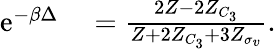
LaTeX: \begin{array}{rl}{\mathrm{e}^{-\beta\Delta}}&{{}=\frac{2Z-2Z_{C_{3}}}{Z+2Z_{C_{3}}+3Z_{\sigma_{v}}}.}\end{array}